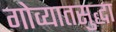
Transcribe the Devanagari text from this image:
गोव्यातसुद्धा